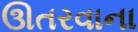
ઊતરવાના